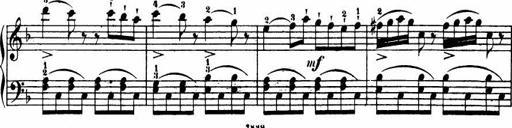
Title: Le bouquetier
Composer: Anton Diabelli
Key: G major
 C major
 F major
 C major